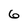
Character: 6